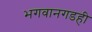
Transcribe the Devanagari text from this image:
भगवानगडही